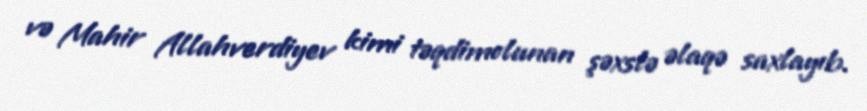
və Mahir Allahverdiyev kimi təqdimolunan şəxslə əlaqə saxlayıb.